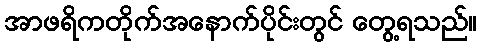
အာဖရိကတိုက်အနောက်ပိုင်းတွင် တွေ့ရသည်။